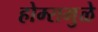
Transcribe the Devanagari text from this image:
होम्समुळे